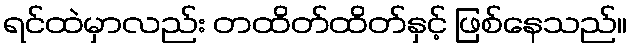
ရင်ထဲမှာလည်း တထိတ်ထိတ်နှင့် ဖြစ်နေသည်။